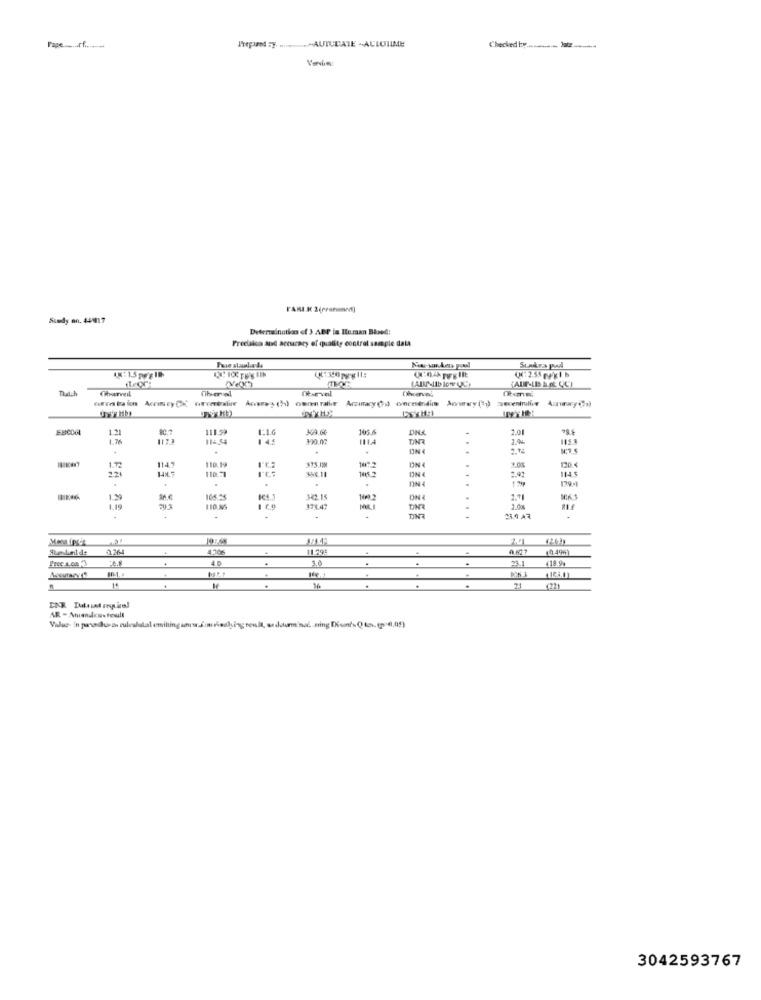
Pape rf
Prepared sy. ..........~ AUTUDATE -ACLOTIME
Checked by ............ Jate ........
Suedy on. 441017
Determination of 3 ABP in Human Bloed:
Freelaico and accuracy of quality control sample dala
"AUF-LD & E QC)
Charvel
EBSCOGL
111.99
KA.GE
1.01
1.76
1173
11-4
390.07
1.%
1147
110.19
ON4
1.0%
1.2
14%7
110.71
368.11
221
.
.
.
ON
2.92
.
1.2
342.16
2.11
1.19
178.47
1.0%
.
... ...
2.264
11.795
4
(0 49%)
40
3.0
.
.
23.1
€18.9%
.
.
21
(22)
AR - Auandcustoult
3042593767